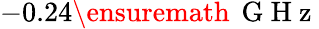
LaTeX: -0.24\ensuremath{\, \mathrm{~G~H~z~}}